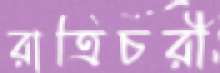
রাত্রিচরী